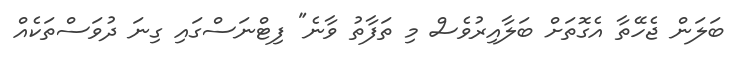
ބަލަން ޖެހޭތާ އެގޮތަށް ބަލާއިރުވެސް މި ތަފާތު ވާނެ" ފިޓްނަސްގައި ގިނަ ދުވަސްތަކެއް